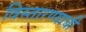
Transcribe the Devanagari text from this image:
विस्तारण्याची